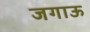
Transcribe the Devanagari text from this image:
जगाऊ